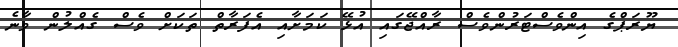
ޔޫރަޕްގެ އިންވެސްޓަރުންވެސް ރާއްޖޭގައި އުޅޭ ކަމަށާއި އެފަރާތް ތަކަށް ވެސް ގެއްލުން ވާނެ